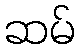
ဆမ်